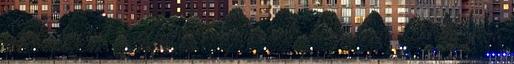
Ezek szerint a plugin telepítése és a galéria létrehozása